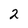
Character: 2